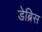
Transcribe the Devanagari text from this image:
डेब्रिस